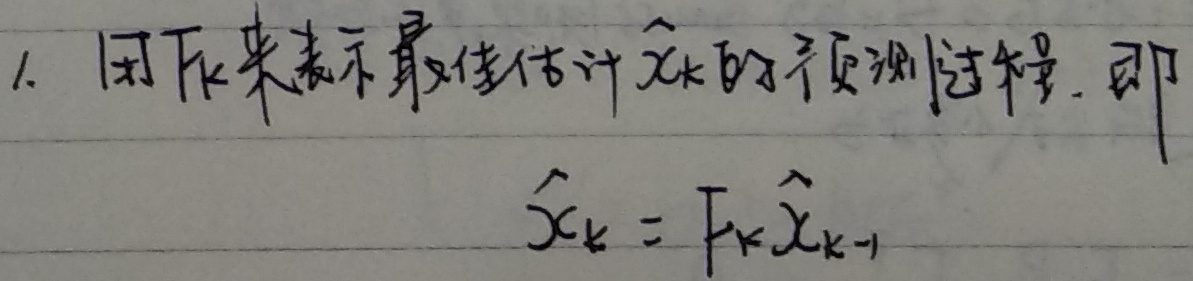
1. 用下式表示最佳估计\(\hat{\boldsymbol{x}}_k\)的预测过程，即
\(\hat{\boldsymbol{x}}_k = \boldsymbol{F}_k\hat{\boldsymbol{x}}_{k - 1}\)